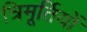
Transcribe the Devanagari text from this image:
त्रिमूर्तियों